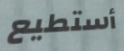
أستطيع